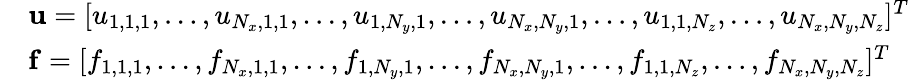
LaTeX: \begin{array}{rl}&{\mathbf{u}=[u_{1,1,1},\dots,u_{N_{x},1,1},\dots,u_{1,N_{y},1},\dots,u_{N_{x},N_{y},1},\dots,u_{1,1,N_{z}},\dots,u_{N_{x},N_{y},N_{z}}]^{T}}\\ &{\mathbf{f}=[f_{1,1,1},\dots,f_{N_{x},1,1},\dots,f_{1,N_{y},1},\dots,f_{N_{x},N_{y},1},\dots,f_{1,1,N_{z}},\dots,f_{N_{x},N_{y},N_{z}}]^{T}}\end{array}